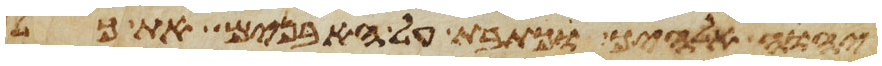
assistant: יהוה אלהיך וכתבת על האבנים את כל